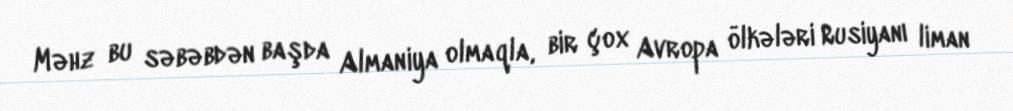
Məhz bu səbəbdən başda Almaniya olmaqla, bir çox Avropa ölkələri Rusiyanı liman